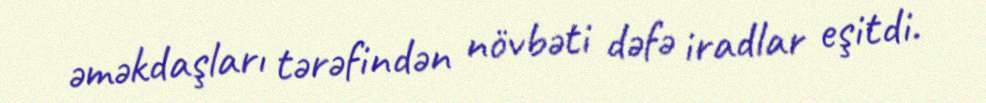
əməkdaşları tərəfindən növbəti dəfə iradlar eşitdi.